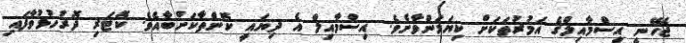
ޖެހޭނީ އިސްމާއިލްގެ އަމުރުތަކަށް ކިޔަމަންވާށެވެ. އިސްމާއިލް އެ ދިޔައީ ކޮންތާކަށްބާއެވެ. ކޮޓަރި ދޮރުހުޅުވާފައި